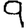
Digit: 9